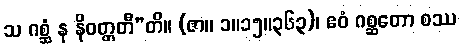
သ ဂစ္ဆံ န နိဝတ္တတီ”တိ။ (ဇာ။ ၁။၁၅။၃၆၃)၊ ဧဝံ ဂစ္ဆတော စဿ